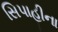
સિપાહીના